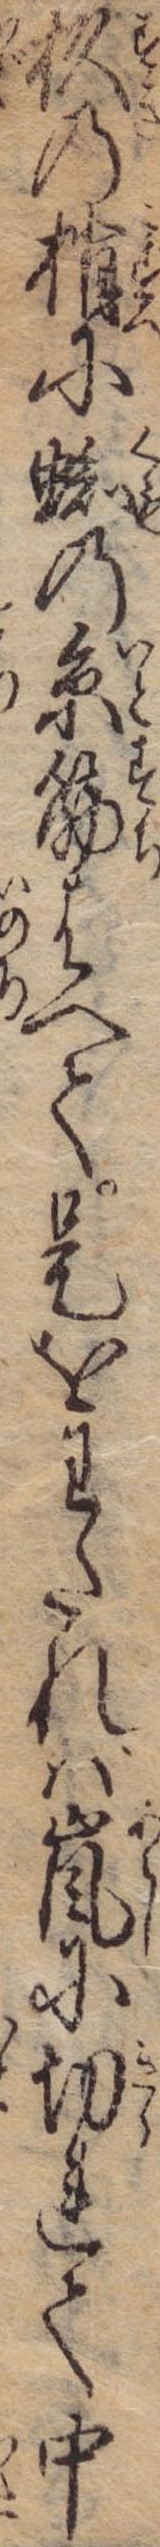
杉の梢に蜘の糸筋はへて是をわたれば嵐に切れて中